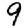
Digit: 9